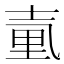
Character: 𡔬